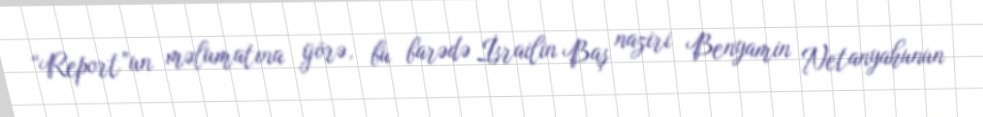
“Report”un məlumatına görə, bu barədə İsrailin Baş naziri Benyamin Netanyahunun